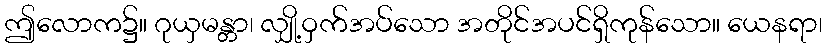
ဤလောက၌။ ဂုယှမန္တာ၊ လျှို့ဝှက်အပ်သော အတိုင်အပင်ရှိကုန်သော။ ယေနရာ၊